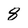
Character: 8